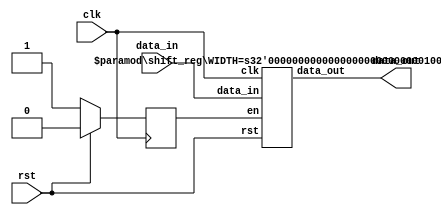
`timescale 1ns / 1ps

module shift_reg_top #(parameter WIDTH=32) (clk,rst,data_in,data_out);
    input clk;
    input rst;
    input [WIDTH-1:0] data_in;
    output [WIDTH-1:0] data_out;

    reg enable;
    wire [WIDTH-1:0] d_out;
    
    always @ (posedge clk) begin
        if (rst)
            enable <= 0;
        else
            enable <= 1;
    end

    shift_reg #(.WIDTH(WIDTH)) shift_reg_inst (.clk(clk),.rst(rst),.data_in(data_in),.data_out(d_out),.en(enable));

    assign data_out=d_out;
endmodule


module shift_reg #(parameter WIDTH=32) (
    input clk,
    input rst,
    input en,
    input [WIDTH-1:0] data_in,
    output reg [WIDTH-1:0] data_out
    );
//    wire d;
//    assign d=1;
    always @ (posedge clk) begin
        if (rst)
            data_out = 0;
        else begin
            if (en)
                data_out <= {data_out[WIDTH-2:0],1'b1};
            else
                data_out <= data_in;
        end
    end
endmodule